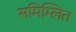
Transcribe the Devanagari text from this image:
समिम्लित